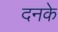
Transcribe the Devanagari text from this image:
दनके